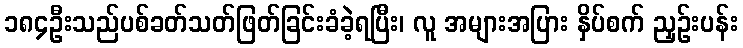
၁၈၄ဦးသည်ပစ်ခတ်သတ်ဖြတ်ခြင်းခံခဲ့ရပြီး၊ လူ အများအပြား နှိပ်စက် ညှဉ်းပန်း